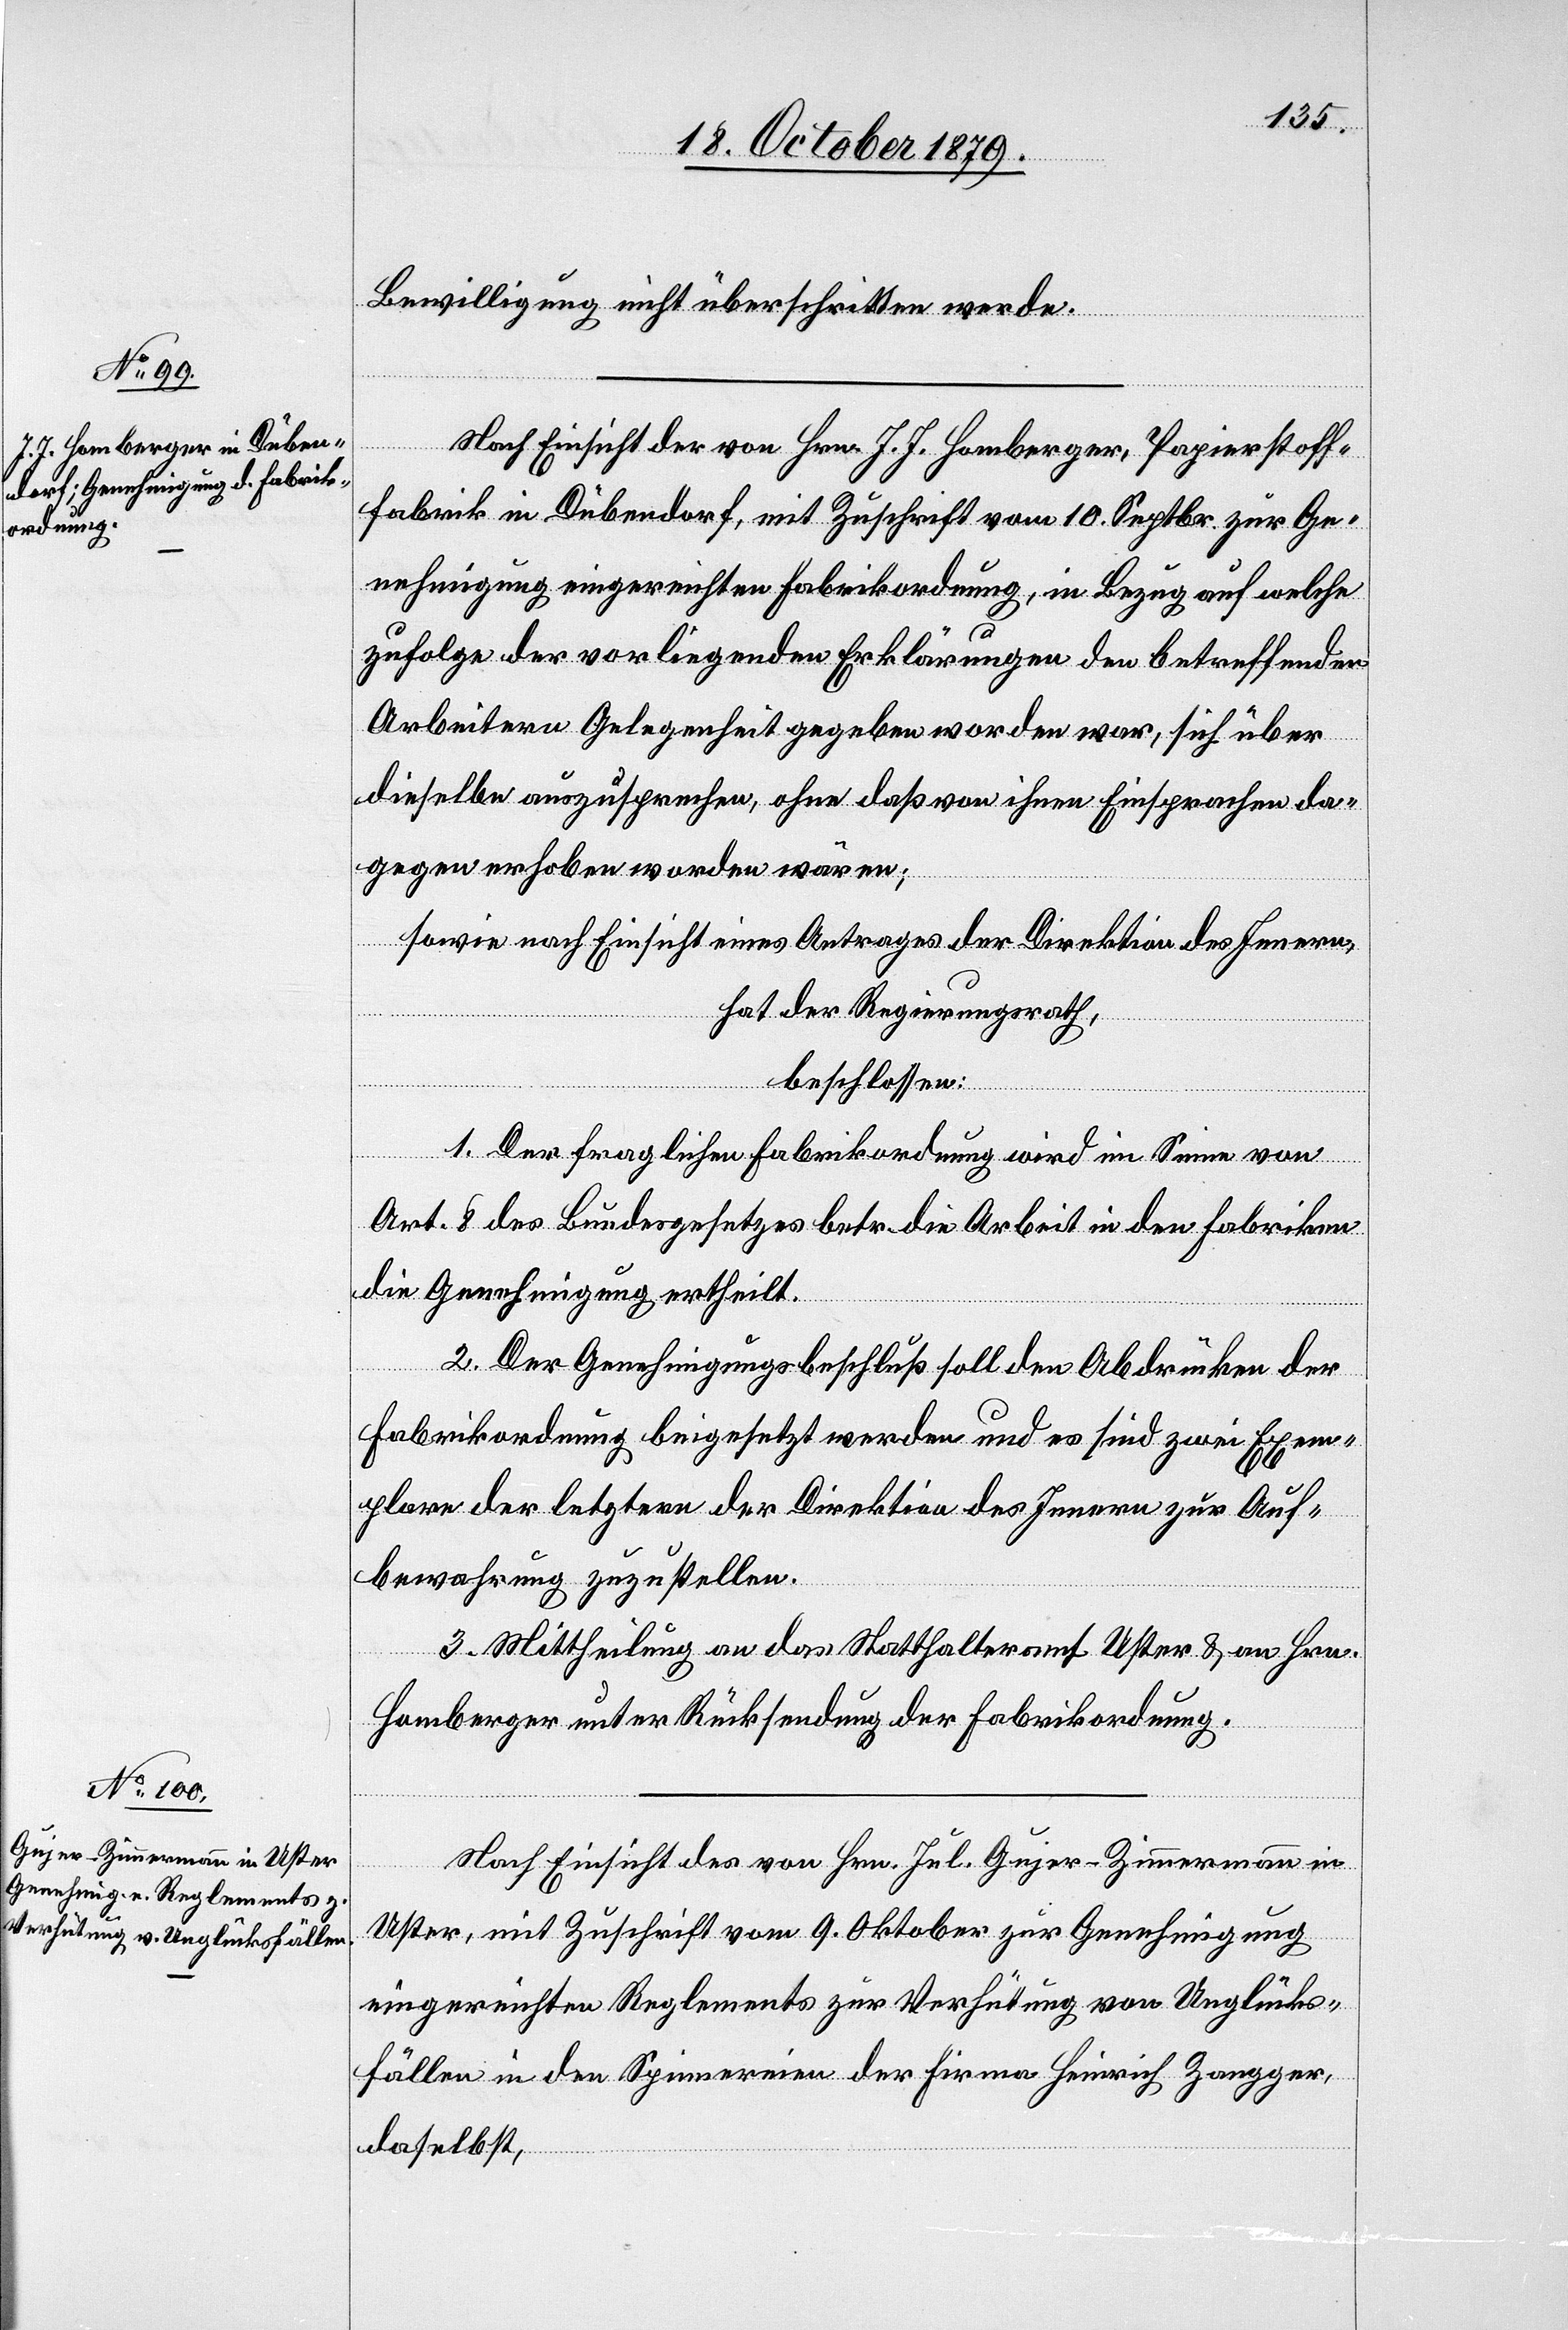
Bewilligung nicht überschritten werde.
Nach Einsicht der von Hrn. J. J. Homberger, Papierstoff¬
fabrik in Dübendorf, mit Zuschrift vom 10. Septbr. zur Ge¬
nehmigung eingereichten Fabrikordnung, in Bezug auf welche
zufolge der vorliegenden Erklärungen den betreffenden
Arbeitern Gelegenheit gegeben worden war, sich über
dieselbe auszusprechen, ohne daß von ihnen Einsprachen da¬
gegen erhoben worden wären;
Sowie nach Einsicht eines Antrages der Direktion des Innern,
hat der Regierungsrath,
beschlossen:
1. Der fraglichen Fabrikordnung wird im Sinne von
Art. 8 des Bundesgesetzes betr. die Arbeit in den Fabriken
die Genehmigung ertheilt.
2. Der Genehmigungsbeschluß soll den Abdrücken der
Fabrikordnung beigesetzt werden und es sind zwei Exem¬
plare der letztern der Direktion des Innern zur Auf¬
bewahrung zuzustellen.
3. Mittheilung an das Statthalteramt Uster & an Hrn.
Homberger unter Rücksendung der Fabrikordnung.
Nach Einsicht des von Hrn. Jul. Gujer-Zimmermann in
Uster, mit Zuschrift vom 9. Oktober zur Genehmigung
eingereichten Reglements zur Verhütung von Unglücks¬
fällen in den Spinnereien der Firmen Heinrich Zangger,
daselbst,